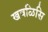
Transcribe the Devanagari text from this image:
खवळिसि